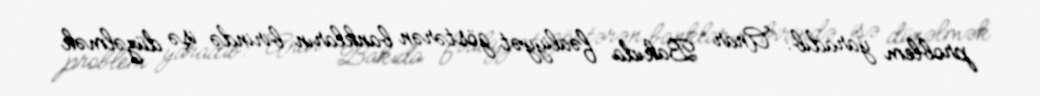
problem yaradıb: “Anar Bakıda fəaliyyət göstərən bankların birində işə düzəlmək